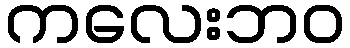
ကလေးဘဝ